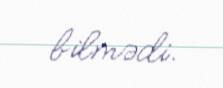
bilmədi.